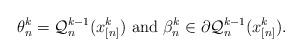
LaTeX: \begin{align*}\theta_n^k = \mathcal{Q}_n^{k-1}(x_{[n]}^k) \mbox{ and }\beta_n^k \in \partial \mathcal{Q}_n^{k-1}(x_{[n]}^k).\end{align*}